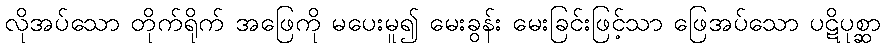
လိုအပ်သော တိုက်ရိုက် အဖြေကို မပေးမူ၍ မေးခွန်း မေးခြင်းဖြင့်သာ ဖြေအပ်သော ပဋိပုစ္ဆာ